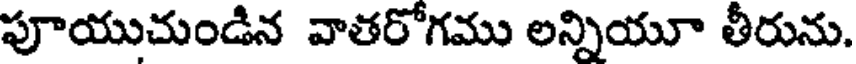
పూయుచుండిన వాతరోగము లన్నియూ తీరును.